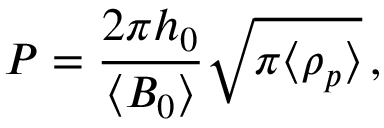
P = \frac { 2 \pi h _ { 0 } } { \langle B _ { 0 } \rangle } \sqrt { \pi \langle \rho _ { p } \rangle } \, ,